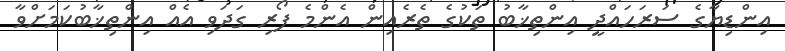
އިންޑިޔާގެ ސަރަހައްދީ އިންތިޚާބު ތަކުގެ ތެރެއިން އެންމެ ފޯރި ގަދަވި އެއް އިންތިޚާބުކަމަށްވާ